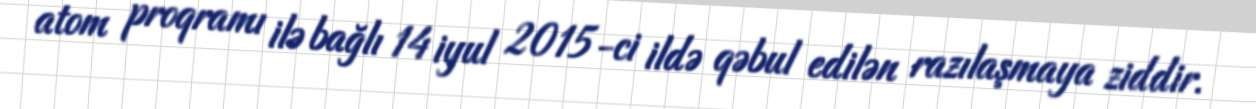
atom proqramı ilə bağlı 14 iyul 2015-ci ildə qəbul edilən razılaşmaya ziddir.